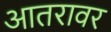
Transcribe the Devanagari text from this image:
आतरावर